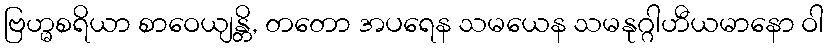
ဗြဟ္မစရိယာ စာဝေယျန္တိ, တတော အပရေန သမယေန သမနုဂ္ဂါဟီယမာနော ဝါ